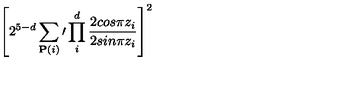
\left[ 2 ^ { 5 - d } \sum _ { { \bf P } ( i ) } \prime \prod _ { i } ^ { d } { \frac { 2 c o s \pi z _ { i } } { 2 s i n \pi z _ { i } } } \right] ^ { 2 }